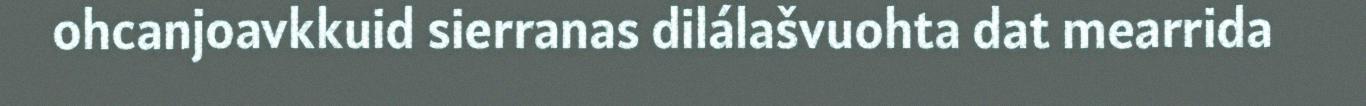
ohcanjoavkkuid sierranas dilálašvuohta dat mearrida